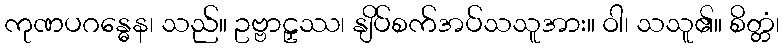
ကုဏပဂန္ဓေန၊ သည်။ ဥဗ္ဗာဠှဿ၊ နျိပ်စက်အပ်သသူအား။ ဝါ၊ သသူ၏။ စိတ္တံ၊